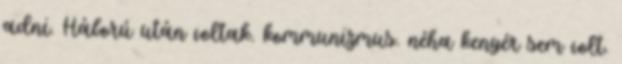
adni. Háború után voltak. kommunizmus. néha kenyér sem volt.